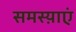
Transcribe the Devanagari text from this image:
समस्य़ाएं